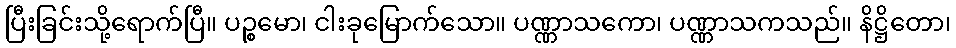
ပြီးခြင်းသို့ရောက်ပြီ။ ပဉ္စမော၊ ငါးခုမြောက်သော။ ပဏ္ဏာသကော၊ ပဏ္ဏာသကသည်။ နိဋ္ဌိတော၊